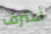
أعترف